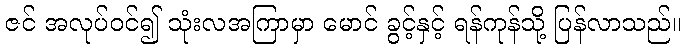
ဇင် အလုပ်ဝင်၍ သုံးလအကြာမှာ မောင် ခွင့်နှင့် ရန်ကုန်သို့ ပြန်လာသည်။